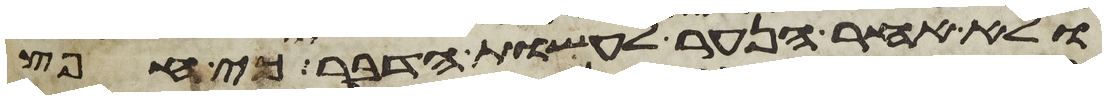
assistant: ולא אחר הנער לעשות הדבר כי חפץ